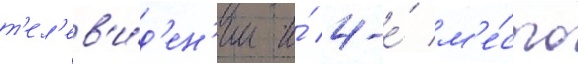
т'ел'ев'и́д'ен'ии и́ 4-е́ м'е́сто